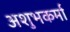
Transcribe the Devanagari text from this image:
अशुभकर्मा